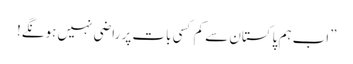
”اب ہم پاکستان سے کم کسی بات پر راضی نہیں ہونگے!